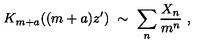
K _ { m + a } ( ( m + a ) z ^ { \prime } ) \ \sim \ \sum _ { n } \frac { X _ { n } } { m ^ { n } } \ ,